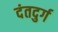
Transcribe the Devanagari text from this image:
दंतदुर्ग